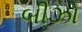
બીઝો